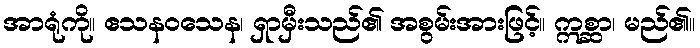
အာရုံကို။ ဧသနဝသေန၊ ရှာမှီးသည်၏ အစွမ်းအားဖြင့်။ ဣစ္ဆာ၊ မည်၏။